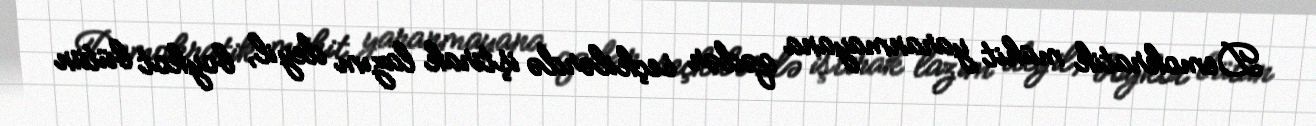
Demokratik mühit yaranmayana qədər seçkilərdə iştirak lazım deyil, boykot bütün